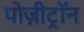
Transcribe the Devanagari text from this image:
पोज़ीट्रॉन